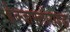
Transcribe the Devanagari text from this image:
हेक्जाफ्लोराइड